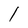
Character: l